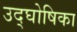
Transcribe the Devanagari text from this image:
उद्‌घोषिका